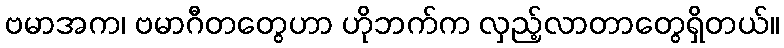
ဗမာအက၊ ဗမာဂီတတွေဟာ ဟိုဘက်က လှည့်လာတာတွေရှိတယ်။